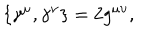
\{ \gamma ^ { \mu } , \gamma ^ { \nu } \} = 2 g ^ { \mu \upsilon } ,